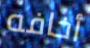
أخافه